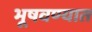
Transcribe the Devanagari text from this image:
भूषवण्यात